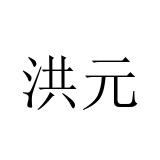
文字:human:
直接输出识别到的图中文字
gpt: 洪元